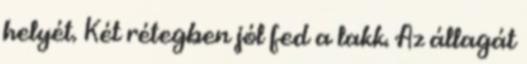
helyét. Két rétegben jól fed a lakk. Az állagát